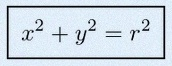
x^2+y^2=r^2